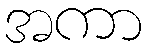
အကာ